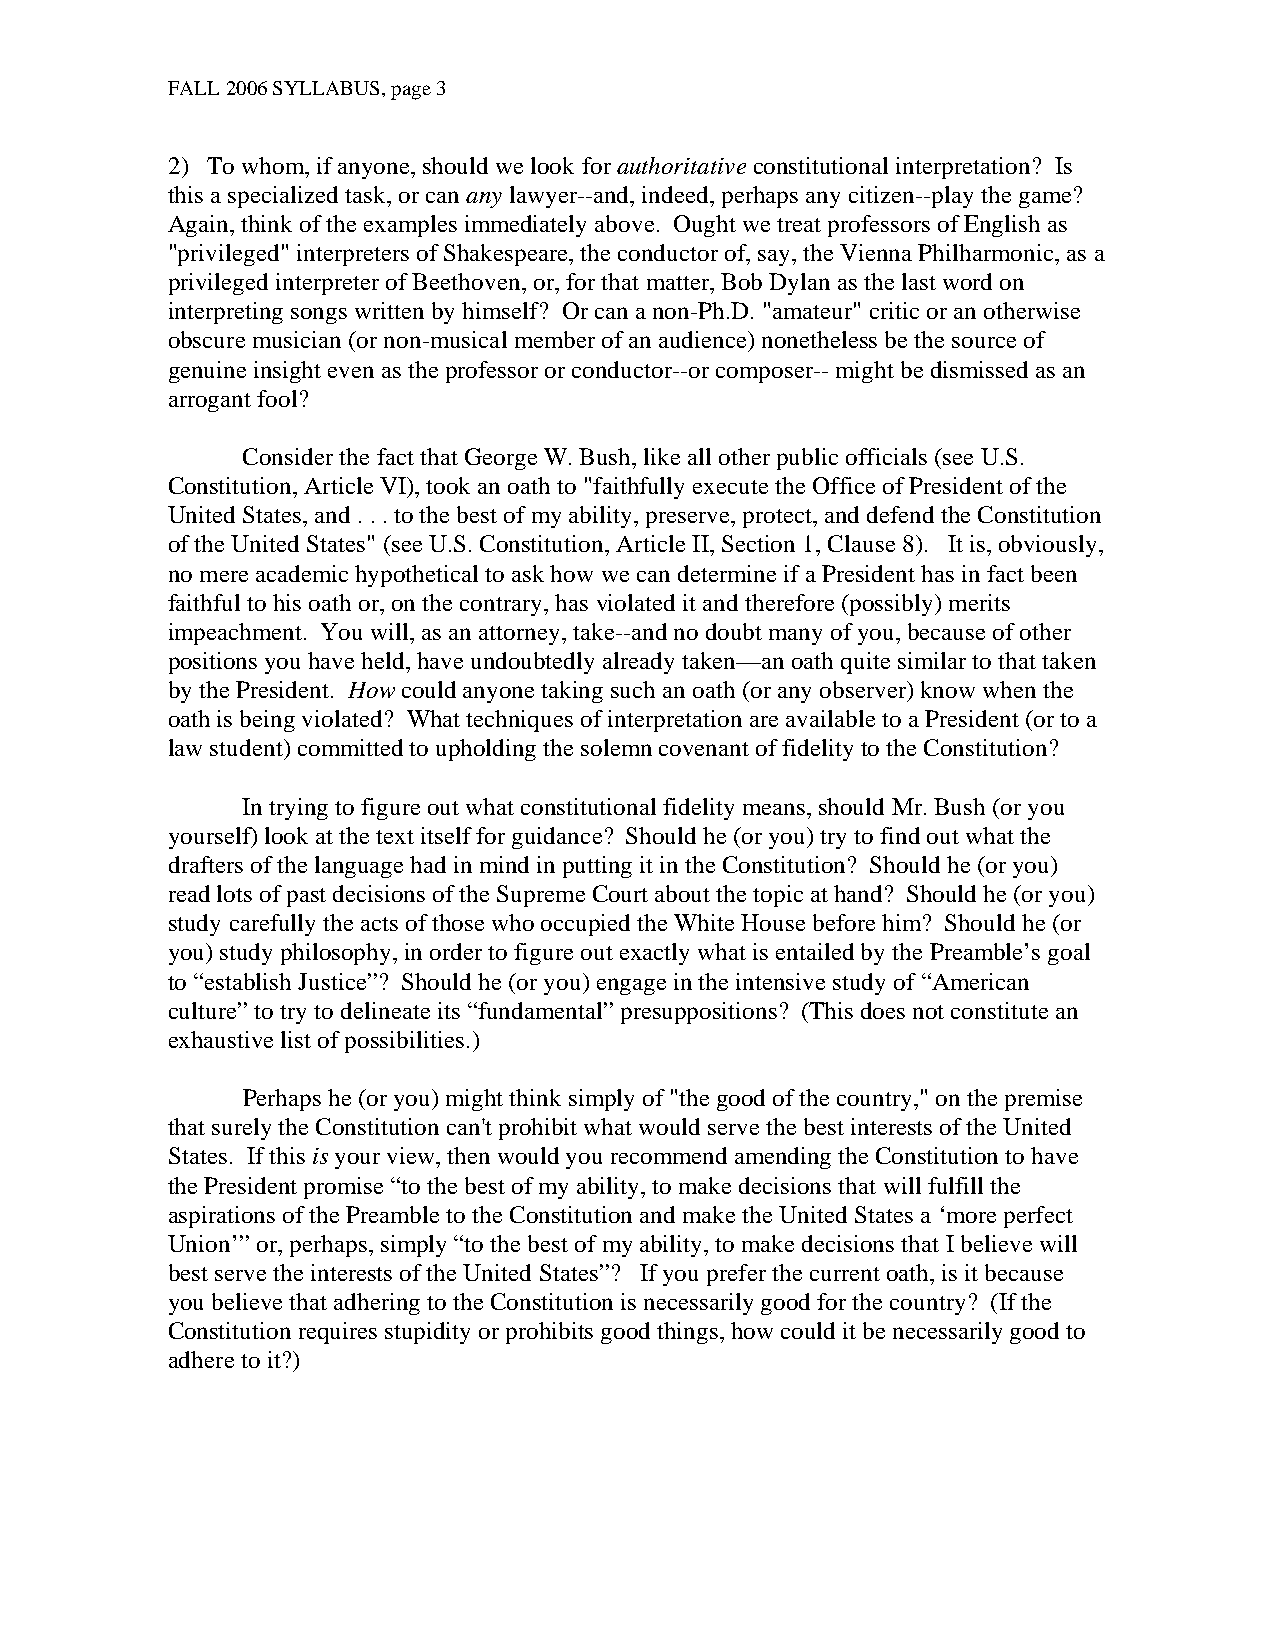
FALL 2006 SYLLABUS, page 3
 2) To whom, if anyone, should we look for authoritative constitutional interpretation? Is
 this a specialized task, or can any lawyer--and, indeed, perhaps any citizen--play the game?
 Again, think of the examples immediately above. Ought we treat professors of English as
 "privileged" interpreters of Shakespeare, the conductor of, say, the Vienna Philharmonic, as a
 privileged interpreter of Beethoven, or, for that matter, Bob Dylan as the last word on
 interpreting songs written by himself? Or can a non-Ph.D. "amateur" critic or an otherwise
 obscure musician (or non-musical member of an audience) nonetheless be the source of
 genuine insight even as the professor or conductor--or composer-- might be dismissed as an
 arrogant fool?
 Consider the fact that George W. Bush, like all other public officials (see U.S.
 Constitution, Article VI), took an oath to "faithfully execute the Office of President of the
 United States, and . . . to the best of my ability, preserve, protect, and defend the Constitution
 of the United States" (see U.S. Constitution, Article II, Section 1, Clause 8). It is, obviously,
 no mere academic hypothetical to ask how we can determine if a President has in fact been
 faithful to his oath or, on the contrary, has violated it and therefore (possibly) merits
 impeachment. You will, as an attorney, take--and no doubt many of you, because of other
 positions you have held, have undoubtedly already taken—an oath quite similar to that taken
 by the President. How could anyone taking such an oath (or any observer) know when the
 oath is being violated? What techniques of interpretation are available to a President (or to a
 law student) committed to upholding the solemn covenant of fidelity to the Constitution?
 In trying to figure out what constitutional fidelity means, should Mr. Bush (or you
 yourself) look at the text itself for guidance? Should he (or you) try to find out what the
 drafters of the language had in mind in putting it in the Constitution? Should he (or you)
 read lots of past decisions of the Supreme Court about the topic at hand? Should he (or you)
 study carefully the acts of those who occupied the White House before him? Should he (or
 you) study philosophy, in order to figure out exactly what is entailed by the Preamble’s goal
 to “establish Justice”? Should he (or you) engage in the intensive study of “American
 culture” to try to delineate its “fundamental” presuppositions? (This does not constitute an
 exhaustive list of possibilities.)
 Perhaps he (or you) might think simply of "the good of the country," on the premise
 that surely the Constitution can't prohibit what would serve the best interests of the United
 States. If this is your view, then would you recommend amending the Constitution to have
 the President promise “to the best of my ability, to make decisions that will fulfill the
 aspirations of the Preamble to the Constitution and make the United States a ‘more perfect
 Union’” or, perhaps, simply “to the best of my ability, to make decisions that I believe will
 best serve the interests of the United States”? If you prefer the current oath, is it because
 you believe that adhering to the Constitution is necessarily good for the country? (If the
 Constitution requires stupidity or prohibits good things, how could it be necessarily good to
 adhere to it?)